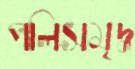
পলিসমৃদ্ধ